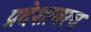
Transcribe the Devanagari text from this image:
प्रदेशावरच